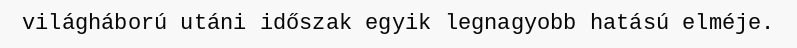
világháború utáni időszak egyik legnagyobb hatású elméje.